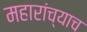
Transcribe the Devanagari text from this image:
महारांच्याच